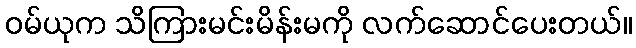
ဝမ်ယုက သိကြားမင်းမိန်းမကို လက်ဆောင်ပေးတယ်။